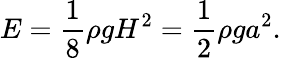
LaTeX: E={\frac{1}{8}}\rho gH^{2}={\frac{1}{2}}\rho ga^{2}.